Document type: bank_statement
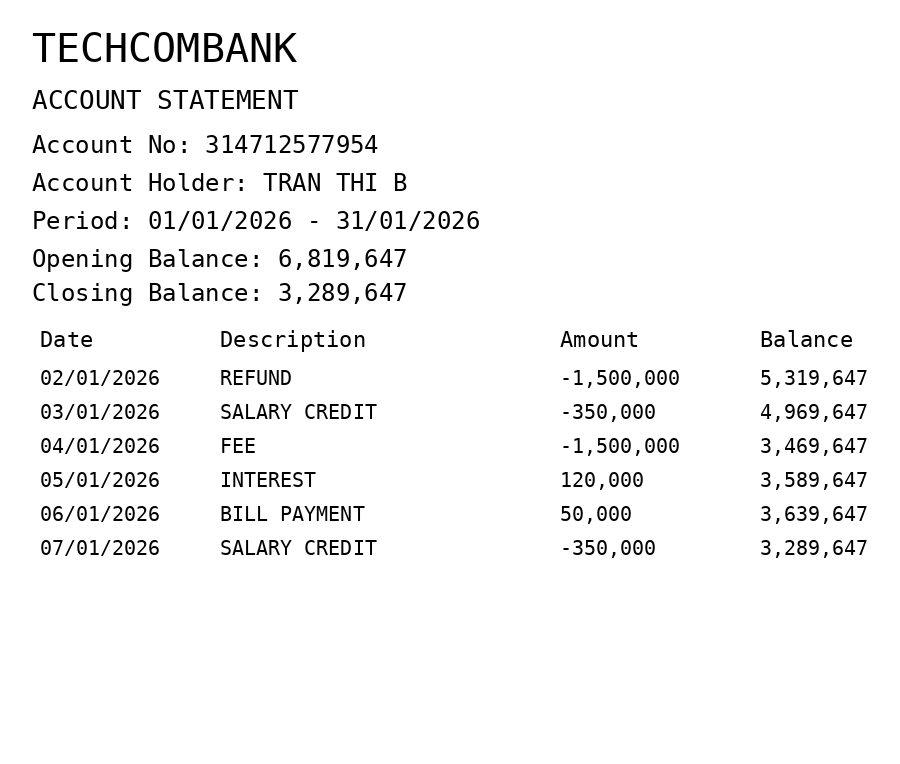
OCR transcript:
TECHCOMBANK
ACCOUNT STATEMENT
Account No: 314712577954
Account Holder: TRAN THI B
Period: 01/01/2026 - 31/01/2026
Opening Balance: 6,819,647
Closing Balance: 3,289,647
Date
Description
Amount
Balance
02/01/2026
REFUND
-1,500,000
5,319,647
03/01/2026
SALARY CREDIT
-350,000
4,969,647
04/01/2026
FEE
-1,500,000
3,469,647
05/01/2026
INTEREST
120,000
3,589,647
06/01/2026
BILL PAYMENT
50,000
3,639,647
07/01/2026
SALARY CREDIT
-350,000
3,289,647
Extracted fields:
bank_name: techcombank
account_number: 314712577954
account_holder: tran thi b
statement_period: 01/01/2026 - 31/01/2026
opening_balance: 6819647
closing_balance: 3289647
transactions: date: 2026-01-02
description: refund
amount: -1500000
balance: 5319647
date: 2026-01-03
description: salary credit
amount: -350000
balance: 4969647
date: 2026-01-04
description: fee
amount: -1500000
balance: 3469647
date: 2026-01-05
description: interest
amount: 120000
balance: 3589647
date: 2026-01-06
description: bill payment
amount: 50000
balance: 3639647
date: 2026-01-07
description: salary credit
amount: -350000
balance: 3289647